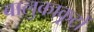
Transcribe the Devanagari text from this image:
बालुकाकूटों